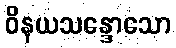
ဝိနယသန္ဒောသော